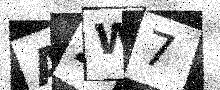
Text: AZW7